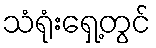
သံရုံးရှေ့တွင်